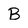
Character: B